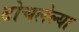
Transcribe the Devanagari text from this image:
टोचलेल्या